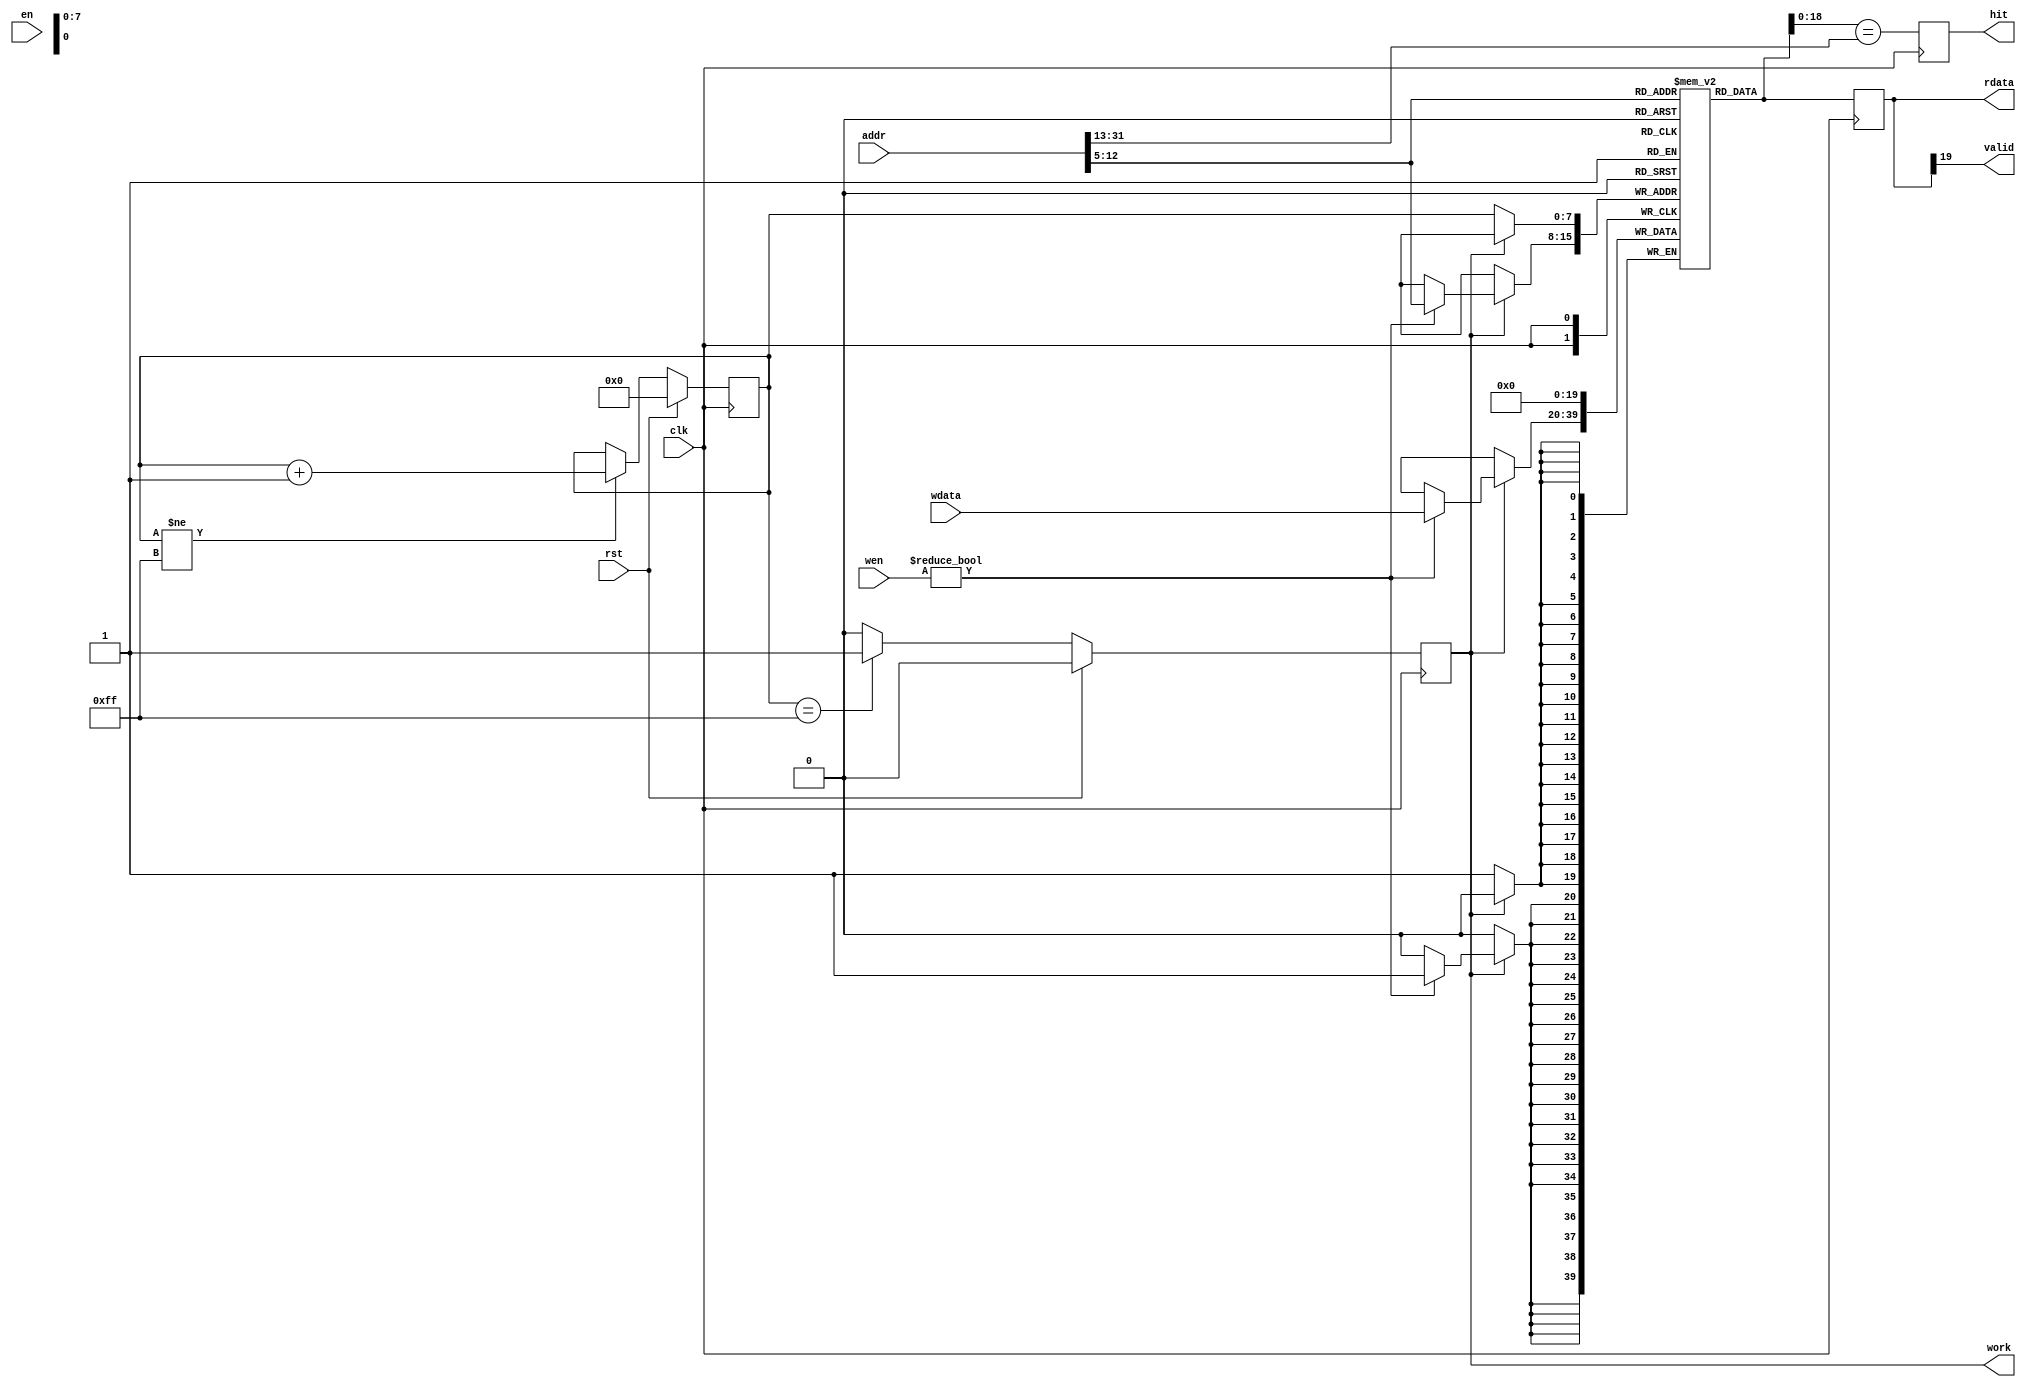
module dcache_tag
(
    input         clk,
    input         rst,
    input         en,
    input    [3:0] wen,
    input   [19:0] wdata,
    output  [19:0] rdata,

    input   [31:0] addr,        //input desired address to check whether hit
    output         hit,         //whether hit?
    output         valid,
    output         work
);

reg [31:0] addr_reg;
always @(posedge clk)
	begin
		if(rst)
		begin
			addr_reg <= 32'b0;
		end
		else
		begin
			addr_reg <= addr;
		end
	end

assign valid = rdata[19];

`ifdef THIS_IS_THE_OLD_IMPLEMENTATION

assign hit = (rdata[18:0] == addr_reg[31:13]) ? 1'b1 : 1'b0;

icache_tag_ram icache_tag_ram_u
(
    .clka  (clk            ),   
//    .rsta   (rst        ),
    .ena   (en        ),
    .wea   (wen       ),   //3:0 //TBD
    .addra (addr[12:5]),   //17:0
    .dina  (wdata     ),   //31:0
    .douta (rdata     )    //31:0
);

`else

reg [7:0] reset_counter;
wire work_state;
reg work_reg;
always @(posedge clk)
begin
    if(rst)
    begin
        reset_counter <= 8'd0;
    end
    else if(reset_counter != 8'd255)
    begin
        reset_counter <= reset_counter + 8'd1;
    end
end
assign work_state = (reset_counter == 8'd255) ? 1'b1 : 1'b0;
always @(posedge clk)
begin
    if(rst)
    begin
        work_reg <= 1'd0;
    end
    else
    begin
        work_reg <= work_state;
    end
end
assign work = work_reg;
// assign work = 1'b1;

reg [19:0] tag_ram [255:0];
reg [19:0] tag_reg;

integer i;
initial begin
for (i=0;i<256;i=i+1) tag_ram[i] <= 20'd0;
end

always @(posedge clk)
begin
    if (!work) tag_ram[reset_counter] <= 20'b0;
    else if (wen) tag_ram[addr[12:5]] <= wdata;
end

wire [19:0] tag_out = tag_ram[addr[12:5]];
always @(posedge clk) tag_reg <= tag_out;
assign rdata = tag_reg;

reg hit_reg;
always @(posedge clk) hit_reg <= tag_out[18:0] == addr[31:13];
assign hit = hit_reg;

`endif


endmodule